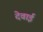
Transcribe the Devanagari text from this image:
देवाई